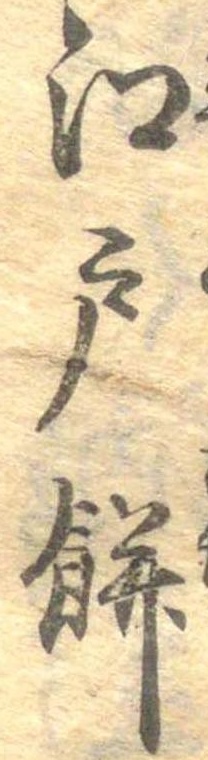
江戸餅